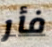
فأر